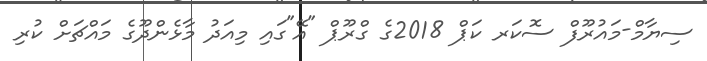
ސިޔާމް-މައުރޫފް ސޮކަރ ކަޕް 2018ގެ ގްރޫޕް "އޭ"ގައި މިއަދު މާޅެންދޫގެ މައްޗަށް ކުރި